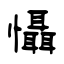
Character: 懾